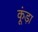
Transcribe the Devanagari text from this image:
कूंड़ा